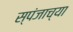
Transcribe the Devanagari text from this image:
स्पंजाच्या